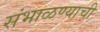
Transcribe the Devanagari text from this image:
संभाळण्याची